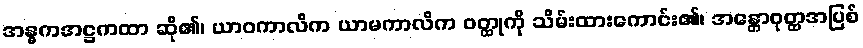
အန္ဓကအဋ္ဌကထာ ဆို၏၊ ယာဝကာလိက ယာမကာလိက ဝတ္ထုကို သိမ်းထားကောင်း၏၊ အန္တောဝုတ္ထအပြစ်